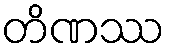
တိဏဿ